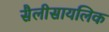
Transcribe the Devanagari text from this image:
सैलीसायलिक